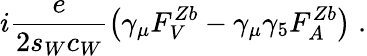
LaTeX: i\frac{e}{2s_{W}c_{W}}\left(\gamma_{\mu}F_{V}^{Zb}-\gamma_{\mu}\gamma_{5}F_{A}^{Zb}\right)\; .